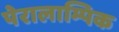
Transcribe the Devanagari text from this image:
पेरालाम्पिक